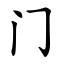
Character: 门